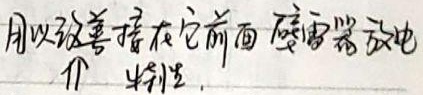
用以改善接在它前面 避雷器放电介 特性.